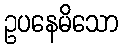
ဥပနေမိသော